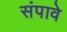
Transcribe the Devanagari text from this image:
संपावे